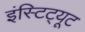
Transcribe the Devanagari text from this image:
इंस्टिट्यूट